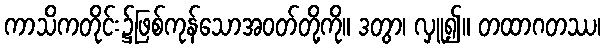
ကာသိကတိုင်း၌ဖြစ်ကုန်သောအဝတ်တို့ကို။ ဒတွာ၊ လှူ၍။ တထာဂတဿ၊